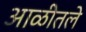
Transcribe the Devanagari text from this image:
आळीतले